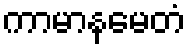
ကာမာနမေတံ